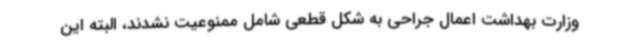
وزارت بهداشت اعمال جراحی به شکل قطعی شامل ممنوعیت نشدند، البته این